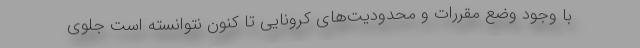
با وجود وضع مقررات و محدودیت‌های کرونایی تا کنون نتوانسته است جلوی